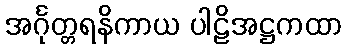
အင်္ဂုတ္တရနိကာယ ပါဠိအဋ္ဌကထာ